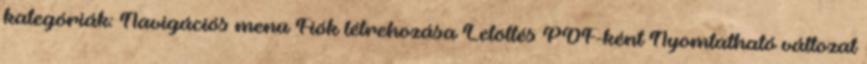
kategóriák: Navigációs menü Fiók létrehozása Letöltés PDF-ként Nyomtatható változat